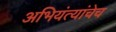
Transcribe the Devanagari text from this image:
अभियंत्यांचेच